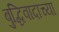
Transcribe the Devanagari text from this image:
बुद्धिवादाच्या